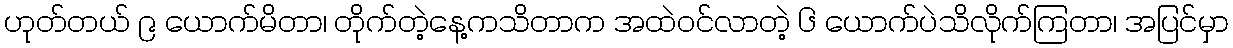
ဟုတ်တယ် ၉ ယောက်မိတာ၊ တိုက်တဲ့နေ့ကသိတာက အထဲဝင်လာတဲ့ ၆ ယောက်ပဲသိလိုက်ကြတာ၊ အပြင်မှာ